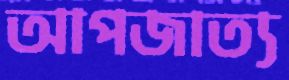
আপজাত্য